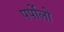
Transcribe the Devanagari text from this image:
पर्पोलो